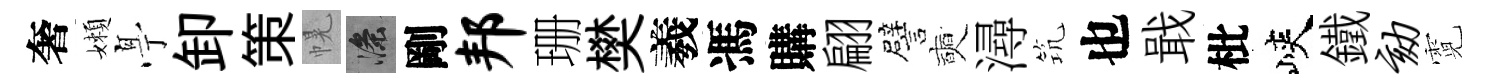
奢嬾𠅘卸策幌滌剛邦珊樊羲馮購翩譬奭潯𥬑也戢枇峽鐵劾霓